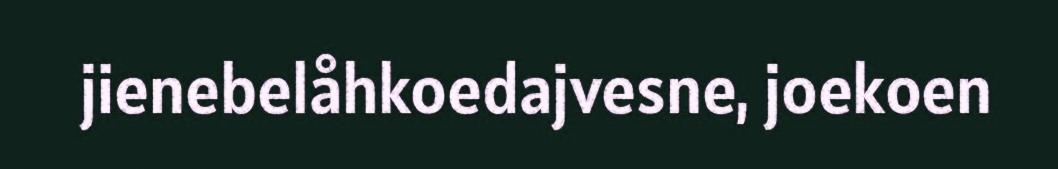
jienebelåhkoedajvesne, joekoen